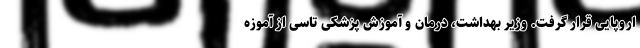
اروپایی قرار گرفت. وزیر بهداشت، درمان و آموزش پزشکی تاسی از آموزه